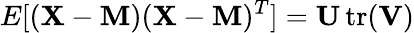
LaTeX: E[(\mathbf{X}-\mathbf{M})(\mathbf{X}-\mathbf{M})^{T}]=\mathbf{U}\operatorname{tr}(\mathbf{V})